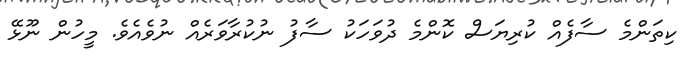
ކިތަންމެ ސާފެއް ކުރިޔަސް ކޮންމެ ދުވަހަކު ސާފު ނުކުރާވަރެއް ނުވެއެވެ. މީހުން ނޫޅޭ